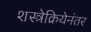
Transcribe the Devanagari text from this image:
शस्त्रेक्रियेनंतर